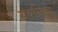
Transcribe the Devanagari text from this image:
संचलिका